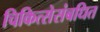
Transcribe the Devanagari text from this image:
चिकित्सेसंबधित